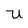
Character: U